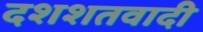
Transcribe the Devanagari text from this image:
दशशतवादी